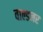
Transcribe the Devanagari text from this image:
वाल्डनर